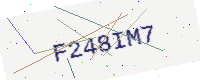
Text: F248IM7